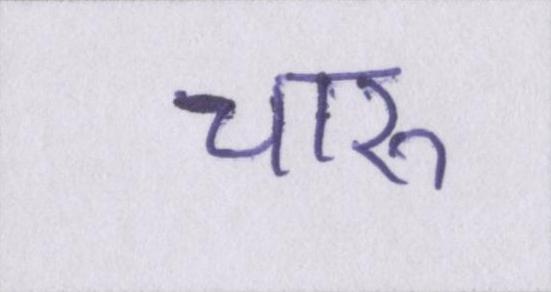
चारु